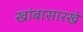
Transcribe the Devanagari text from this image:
खांबासारखे